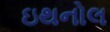
ઇથનોલ